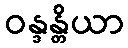
ဝန္ဒန္တိယာ